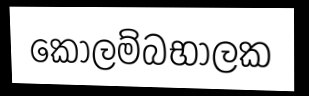
කෝලම්බභාලක